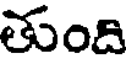
తుంది